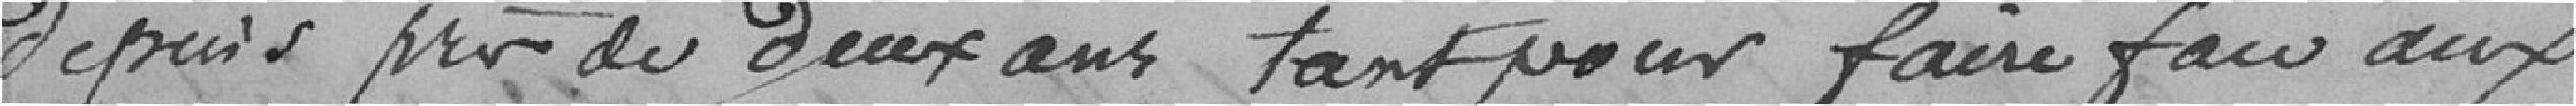
depuis près de deux ans, tant pour faire face aux